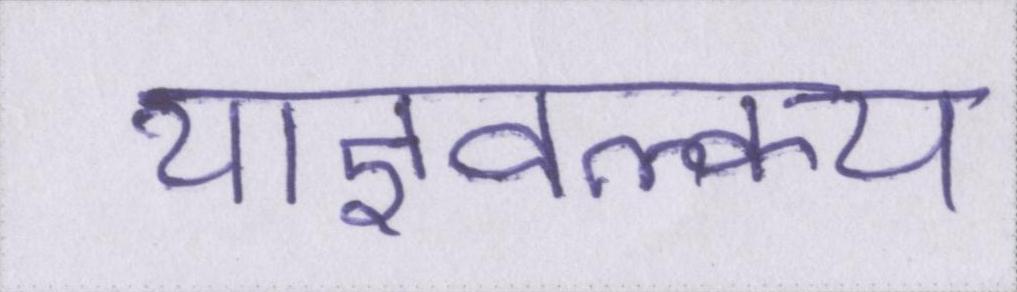
याज्ञवल्क्य